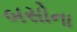
બસોના